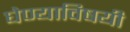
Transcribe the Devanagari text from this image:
घेण्‍याविषयी